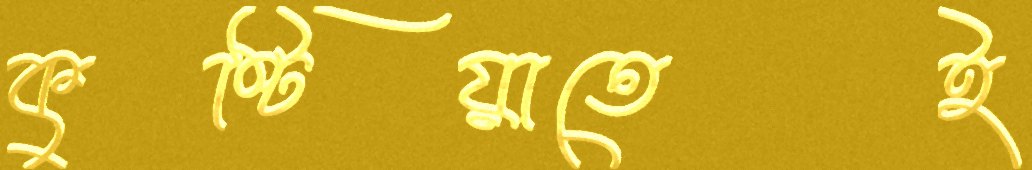
কুষ্টিয়াতেই